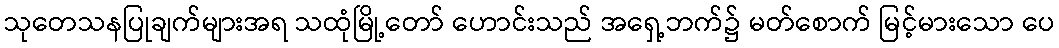
သုတေသနပြုချက်များအရ သထုံမြို့တော် ဟောင်းသည် အရှေ့ဘက်၌ မတ်စောက် မြင့်မားသော ပေ